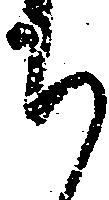
ち